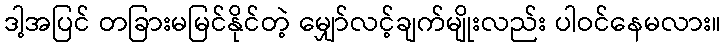
ဒါ့အပြင် တခြားမမြင်နိုင်တဲ့ မျှော်လင့်ချက်မျိုးလည်း ပါဝင်နေမလား။